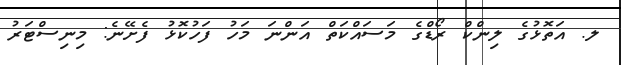
ލ. އަތޮޅުގެ ލިންކް ރޯޑްގެ މަސައްކަތް އަންނަ މަހު ފަހުކޮޅު ފެށޭނެ: މިނިސްޓަރު